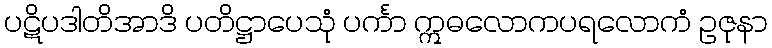
ပဋိပဒါတိအာဒိ ပတိဋ္ဌာပေသုံ ပင်္ကာ ဣဓလောကပရလောကံ ဥဇုနာ